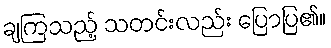
ချကြသည့် သတင်းလည်း ပြောပြ၏။